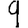
Digit: 9